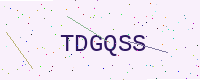
Text: TDGQSS